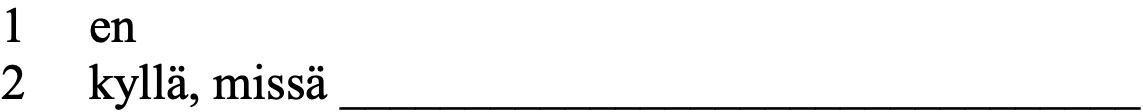
1  en 2  kyllä, missä ________________________________